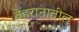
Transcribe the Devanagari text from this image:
तेहरानातील